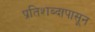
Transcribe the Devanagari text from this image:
प्रतिशब्दापासून